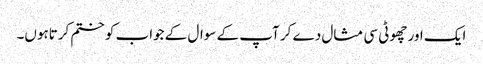
ایک اور چھوٹی سی مثال دے کر آپ کے سوال کے جواب کو ختم کرتاہوں۔